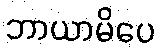
ဘာယာမိပေ